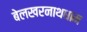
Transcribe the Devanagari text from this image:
बेलखरनाथधाम